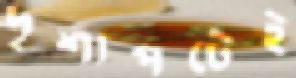
দৃশ্যপটেই